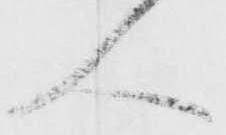
人